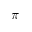
\pi